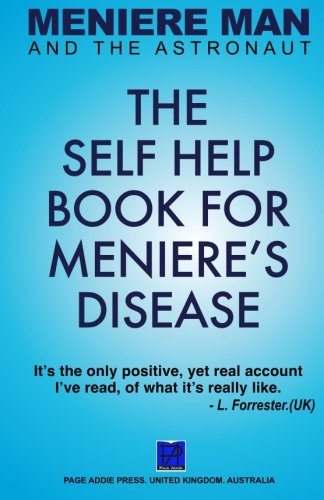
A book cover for Meniere Man And The Astronaut. The Self Help Book For Meniere's Disease; Meniere Man; Health, Fitness & Dieting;